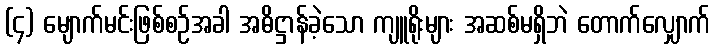
(၄) မျောက်မင်းဖြစ်စဉ်အခါ အဓိဋ္ဌာန်ခဲ့သော ကျူရိုးများ အဆစ်မရှိဘဲ တောက်လျှောက်